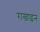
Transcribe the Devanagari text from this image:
राखाइन